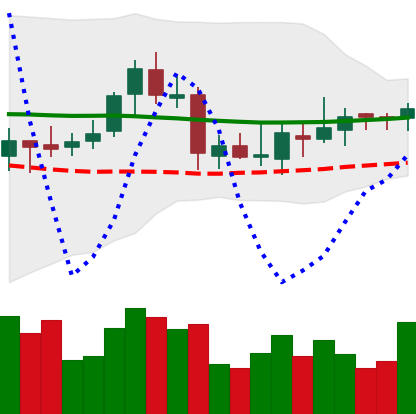
Ticker: ETC-USD
Chart end date: 2018-07-30
Forward return: -4.109%
Label: down_3_5